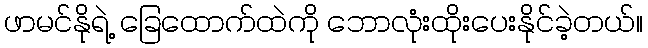
ဖာမင်နိုရဲ့ ခြေထောက်ထဲကို ဘောလုံးထိုးပေးနိုင်ခဲ့တယ်။